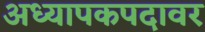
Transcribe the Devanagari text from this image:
अध्यापकपदावर